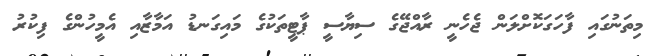
މިތަނުގައި ފާހަގަކޮށްލަން ޖެހެނީ ރާއްޖޭގެ ސިޔާސީ ޕާޓީތަކުގެ މައިގަނޑު އަމާޒާއި އެމީހުންގެ ފިކުރު